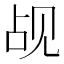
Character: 觇